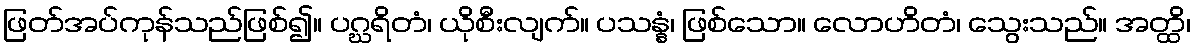
ဖြတ်အပ်ကုန်သည်ဖြစ်၍။ ပဂ္ဃရိတံ၊ ယိုစီးလျက်။ ပသန္နံ၊ ဖြစ်သော။ လောဟိတံ၊ သွေးသည်။ အတ္ထိ၊